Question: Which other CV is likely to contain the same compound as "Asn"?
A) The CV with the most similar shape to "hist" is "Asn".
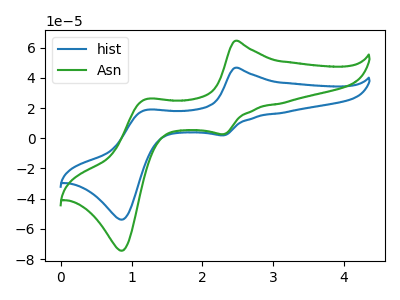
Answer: <think>The blue curve "hist" has anodic peaks at (2.45V, 46.70uA) (1.20V, 18.65uA) and cathodic peaks at (2.30V, 1.95uA) (0.85V, -53.80uA). The green curve "Asn" has anodic peaks at (2.45V, 64.50uA) (1.20V, 25.75uA) and cathodic peaks at (2.30V, 2.70uA) (0.85V, -74.40uA).
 All the peaks in "hist" have a peak in "Asn" at the same potential.</think>
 <answer>A) The CV with the most similar shape to "hist" is "Asn".</answer>
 <eval>A</eval>